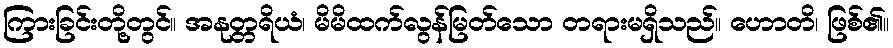
ကြားခြင်းတို့တွင်။ အနုတ္တရိယံ၊ မိမိထက်လွန်မြတ်သော တရားမရှိသည်။ ဟောတိ၊ ဖြစ်၏။